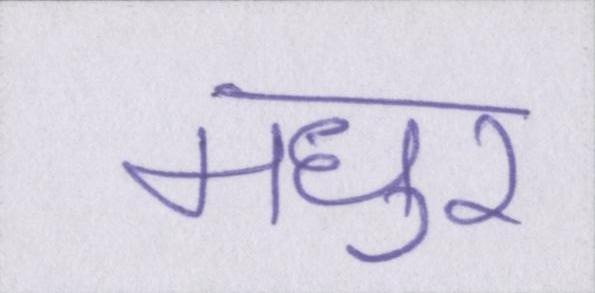
मधुर